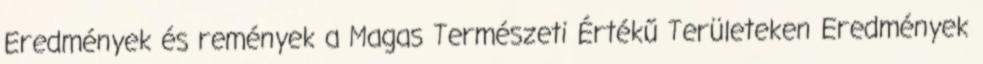
Eredmények és remények a Magas Természeti Értékű Területeken Eredmények